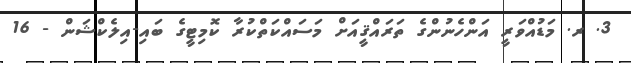
3. ރ. މަޑުއްވަރީ އަންހެނުންގެ ތަރައްޤީއަށް މަސައްކަތްކުރާ ކޮމިޓީގެ ބައި-އިލެކްޝަން - 16